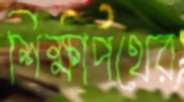
শিক্ষাপথের